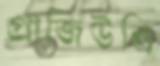
গ্রাজিউলি